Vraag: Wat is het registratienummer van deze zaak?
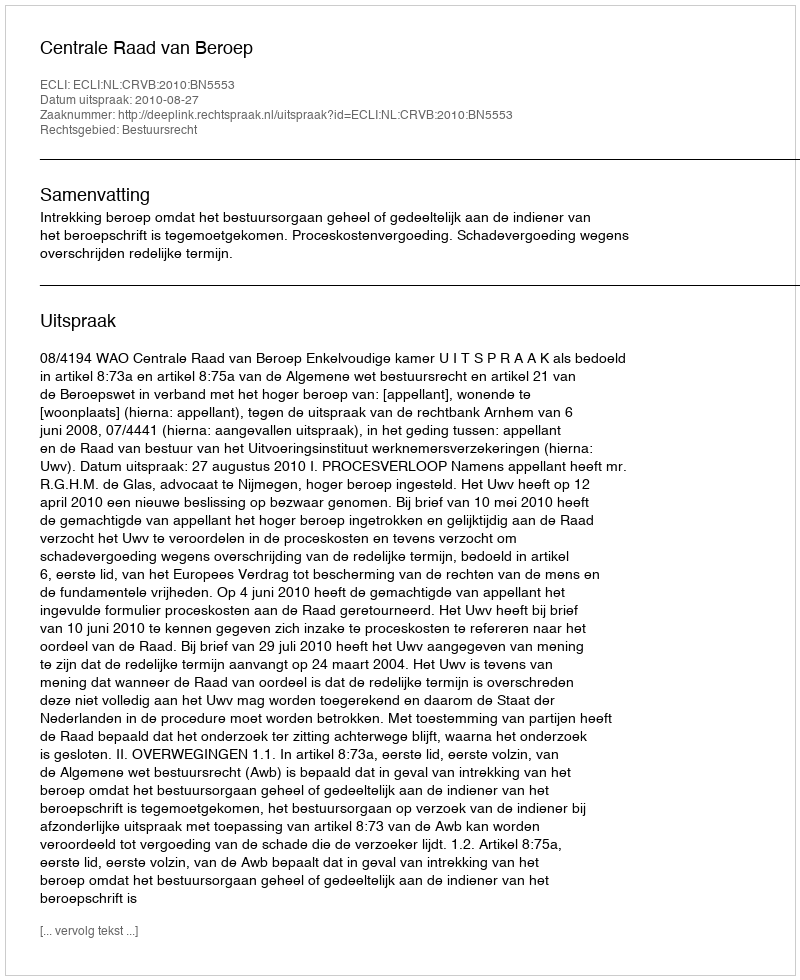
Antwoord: http://deeplink.rechtspraak.nl/uitspraak?id=ECLI:NL:CRVB:2010:BN5553